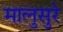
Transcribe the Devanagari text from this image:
मालुसुरे